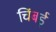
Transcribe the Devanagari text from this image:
चिंबई